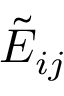
{ \tilde { E } } _ { i j }